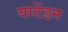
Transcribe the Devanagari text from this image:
याटेंडन